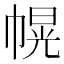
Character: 幌